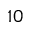
1 0